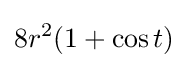
8r^{2}(1+\cos t)